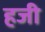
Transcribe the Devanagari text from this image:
हजी